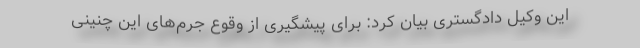
این وکیل دادگستری بیان کرد: برای پیشگیری از وقوع جرم‌های این چنینی